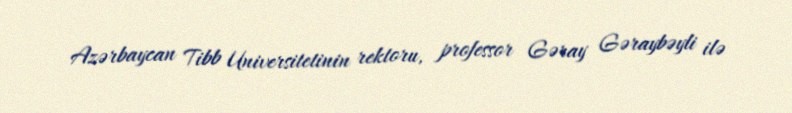
Azərbaycan Tibb Universitetinin rektoru, professor Gəray Gəraybəyli ilə